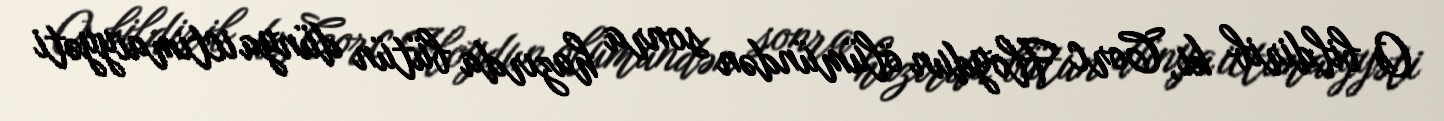
O bildirib ki, Corc Floydun ölümündən sonra hazırda bütün dünya ictimaiyyəti